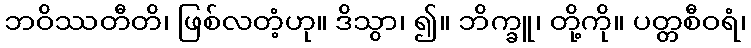
ဘဝိဿတီတိ၊ ဖြစ်လတံ့ဟု။ ဒိသွာ၊ ၍။ ဘိက္ခူ၊ တို့ကို။ ပတ္တစီဝရံ၊